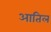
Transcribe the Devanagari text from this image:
आतिल